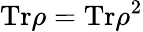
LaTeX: \mathrm{Tr}\rho=\mathrm{Tr}\rho^{2}